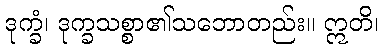
ဒုက္ခံ၊ ဒုက္ခသစ္စာ၏သဘောတည်း။ ဣတိ၊